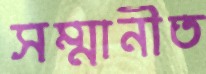
সম্মানীত